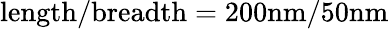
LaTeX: \mathrm{length/breadth=200nm/50nm}